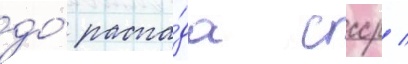
до́ распа́да ссср /